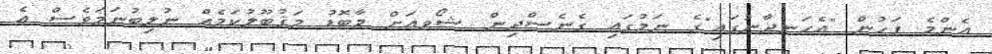
އެންމެ ފަހުން "އެހަނދާނުގައި"ގެ ނަމުގައި ގެނެސްދިން ޝޯވއަށް މާބޮޑު މަޤުބޫލުކަމެއް ނުލިބުނަމަވެސް އެ